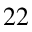
_ { 2 2 }